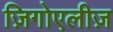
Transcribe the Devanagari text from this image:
ज़िगोएलीज़